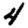
Digit: 4